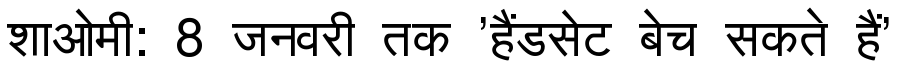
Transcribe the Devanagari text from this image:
शाओमी: 8 जनवरी तक 'हैंडसेट बेच सकते हैं'